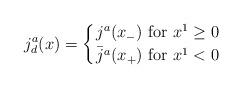
LaTeX: \begin{align*}j^a_d(x) = \left\{ {j^a(x_-) \ {\rm for} \ x^1 \geq 0 }\atop {\bar j^a( x_+) \ {\rm for} \ x^1 <0 }\right. \ \end{align*}